Annual report on the working of the mental hospitals in the Madras Presidency - 1912-1932
Year: 1912
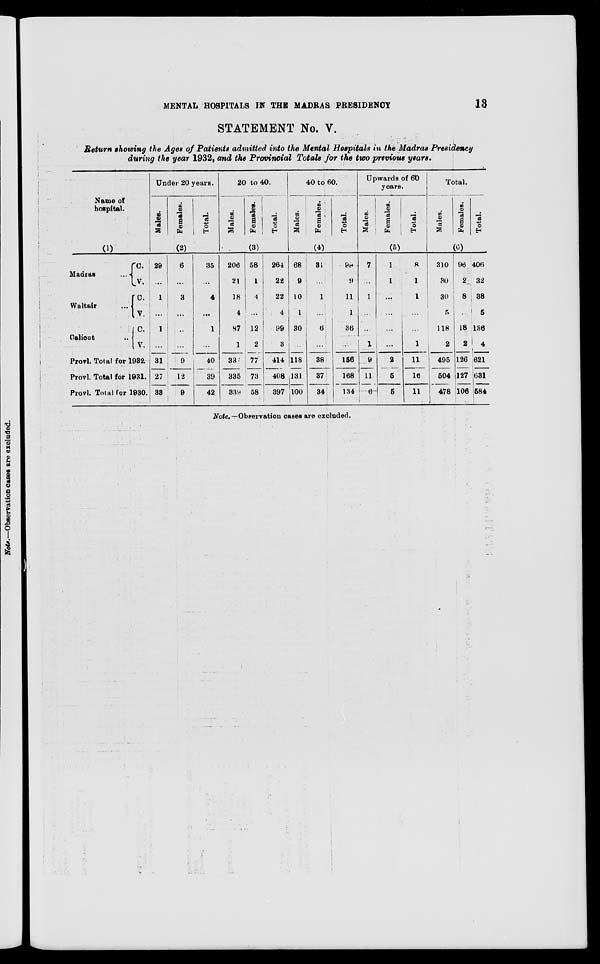
MENTAL HOSPITALS IN THE MADRAS PRESIDENCY
13
STATEMENT No. V.
Return showing the Ages of Patients admitted into the Mental Hospitals in the Madras Presidency
during the year 1932, and the Provincial Totals for the two previous years.
Name of
hospital.
(1)
Madras
...
Waltair ...
Calicut ...
C.
V.
C.
V.
C.
V.
Provl. Total for 1932.
Provl. Total for 1931.
Provl. Total for 1930.
Under 20 years.
Males.
Females.
Total.
(2)
29
...
1
...
1
...
31
27
33
6
...
3
...
...
...
9
12
9
35
...
4
...
1
...
40
39
42
20 to 40.
Males.
Females.
Total.
(3)
206
21
18
4
87
1
337
335
339
58
1
4
...
12
2
77
73
58
264
22
22
4
99
3
414
408
397
40 to 60.
Males.
Females.
Total.
(4)
68
9
10
1
30
...
118
131
100
31
...
1
...
6
...
38
37
34
99
9
11
1
36
...
156
168
134
Upwards of 60
years.
Males.
Females.
Total.
(5)
7
...
1
...
...
1
9
11
6
1
1
...
...
...
...
2
5
5
8
1
1
...
...
1
11
16
11
Total.
Males.
Females.
Total.
(6)
310
30
30
5
118
2
495
504
478
96
2
8
...
18
2
126
127
106
406
32
38
5
136
4
621
631
584
Note.— Observation cases are excluded.